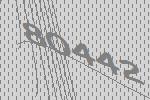
80442